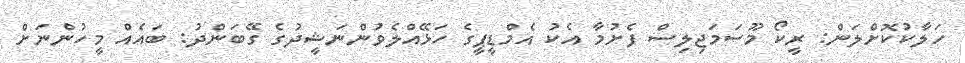
ހަލާކުކޮށްލަން: ރީކޯ މޫސަމަޖިލިސް ފެށުމާ އެކު އެމްޑީޕީގެ ހަޅޭއްލެވުންނަޝީދުގެ ގޭބަންދު: ބައެއް މީހުންނަށް